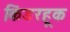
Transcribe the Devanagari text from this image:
किंडरहूक